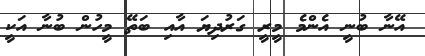
އޭނާ ބުނީ އެންމެ މީރީ ގަރުދިޔަ އާއި ބަތޭ މީހުން ބުނާ އަކީ